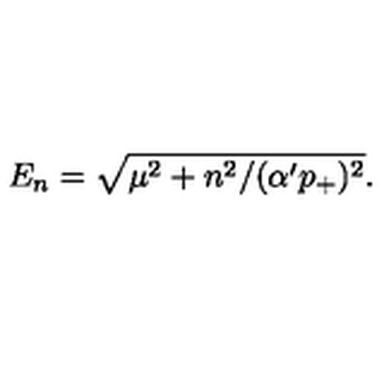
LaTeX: E _ { n } = \sqrt { \mu ^ { 2 } + n ^ { 2 } / ( \alpha ^ { \prime } p _ { + } ) ^ { 2 } } .